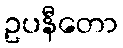
ဥပနီတော